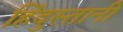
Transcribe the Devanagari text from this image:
हिँदुस्तानी